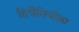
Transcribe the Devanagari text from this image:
हिपैनियोला